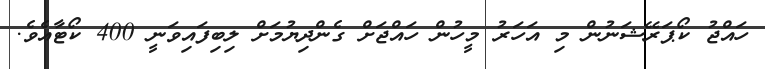
ހައްޖު ކޯޕަރޭޝަނުން މި އަހަރު މީހުން ހައްޖަށް ގެންދިޔުމަށް ލިބިފައިވަނީ 400 ކޯޓާއެވެ.